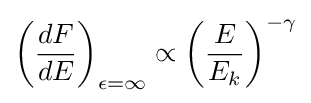
\left({\frac {dF}{dE}}\right)_{\epsilon =\infty }\propto \left({\frac {E}{E_{k}}}\right)^{-\gamma }